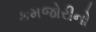
કમજોરીનો